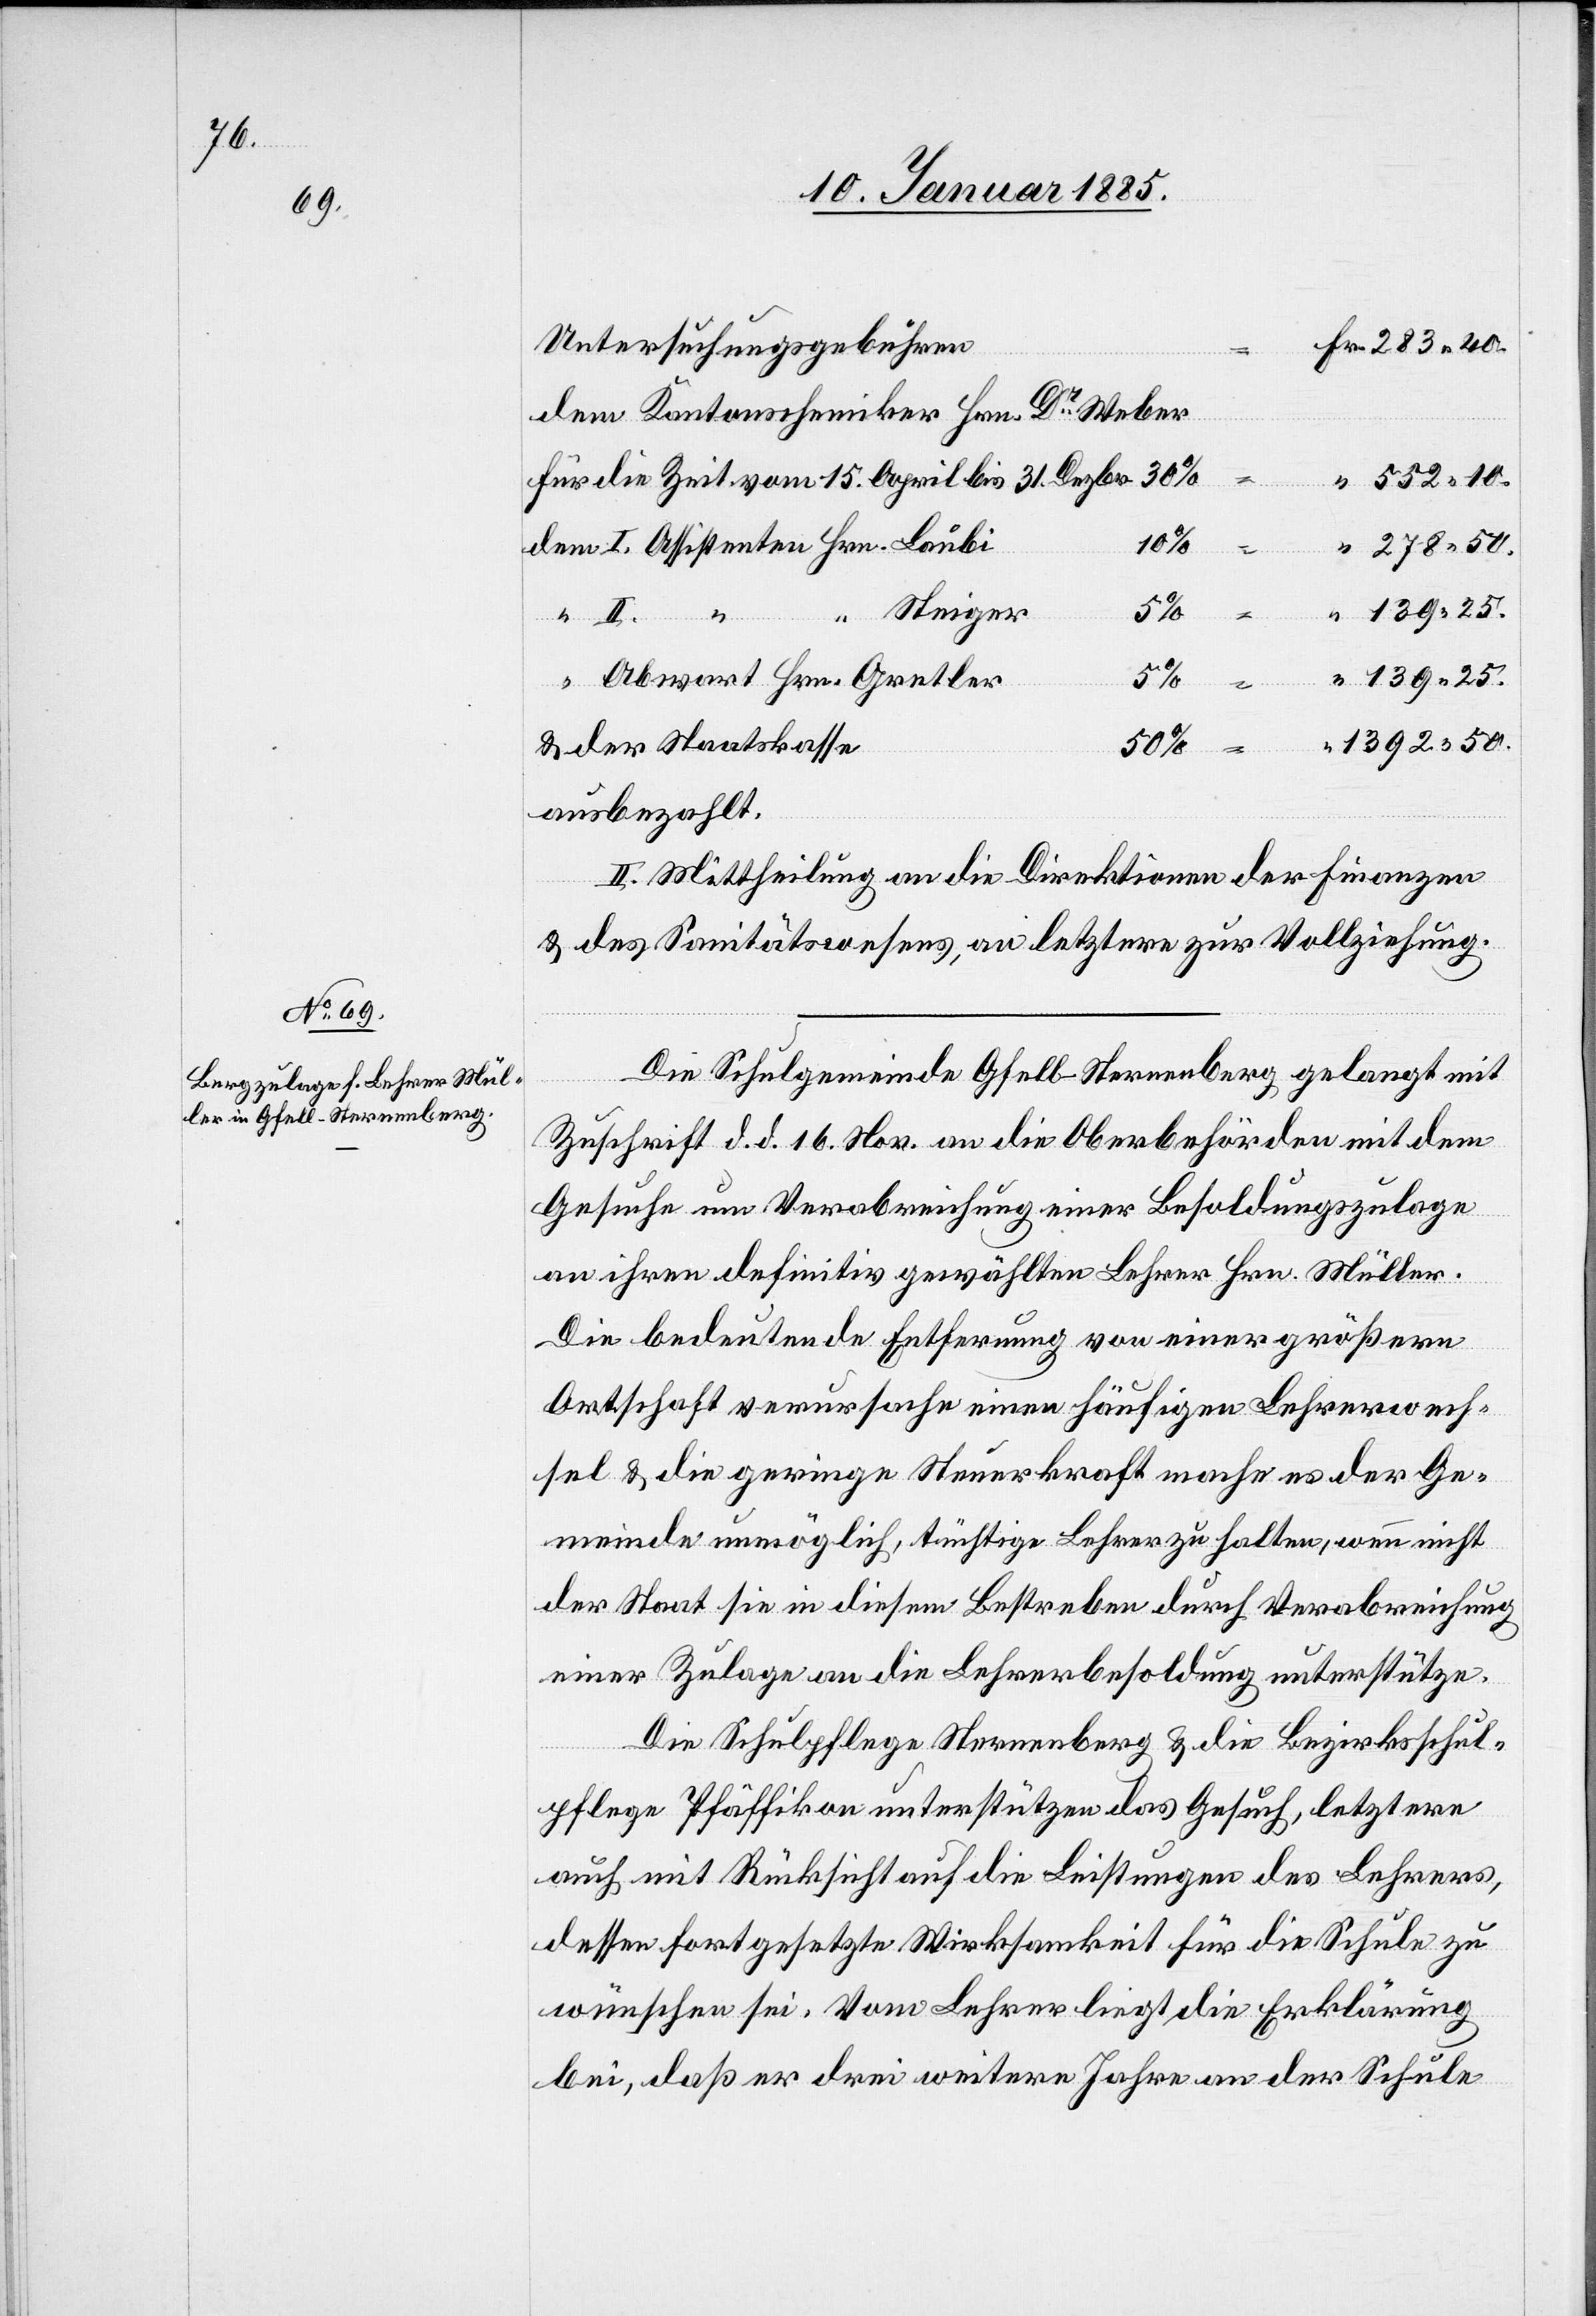
Untersuchungsgebühren
dem Kantonschemiker Hrn. Weber
für die Zeit vom 15. April bis 31. Dezbr.
1392
dem I. Assistenten Hrn. Laubi
“ Steiger
139 25
552
“ Abwart Hrn. Gretler
& der Staatskasse
50
ausbezahlt.
II. Mittheilung an die Direktion der Finanzen
& des Sanitätswesens, an letztere zur Vollziehung.
Die Schulgemeinde Gfell - Sternenberg gelangt mit
Zuschrift d. d. 16. Nov. an die Oberbehörde mit dem
Gesuche um Verabreichung einer Besoldungszulage
an ihren definitiv gewählten Lehrer Hrn. Müller.
Die bedeutende Entfernung von einer größern
Ortschaft verursache einen häufigen Lehrerwech¬
sel & die geringe Steuerkraft mache es der Ge¬
meinde unmöglich, tüchtige Lehrer zu halten, wenn nicht
der Staat sie in diesem Bestreben durch Verabreichung
einer Zulage an die Lehrerbesoldung unterstütze.
Die Schulpflege Sternenberg & die Bezirksschul¬
pflege Pfäffikon unterstützen das Gesuch, letztere
auch mit Rücksicht auf die Leistungen des Lehrers,
dessen fortgesetzte Wirksamkeit für die Schule zu
wünschen sei. Vom Lehrer liegt die Erklärung
bei, daß er drei weitere Jahre an der Schule